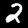
Digit: 2